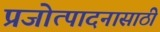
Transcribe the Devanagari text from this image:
प्रजोत्पादनासाठी